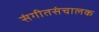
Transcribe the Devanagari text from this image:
संगीतसंचालक